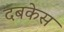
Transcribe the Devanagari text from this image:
दबकेस